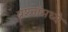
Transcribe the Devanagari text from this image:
प्रश्‍नांमध्‍ये